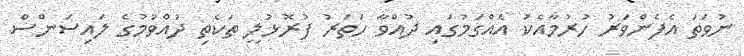
ނުވަތަ އެފެންވަރު ހުރުމާއެކު އެއްގަމުގައި ދުއްވާ ހަތަރު ފުރޮޅުލީ ތަކެތި ދުއްވުމުގެ ލައިސަންސް